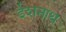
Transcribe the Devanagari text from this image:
ईशनाथ